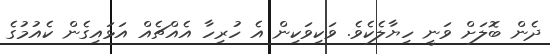
ދެން ބޮލަށް ވަނީ ހިޔާލެކެވެ. ވަކިވަކިން އެ ހުރިހާ އެއްޗެއް އަޅައިގެން ކެއުމުގެ